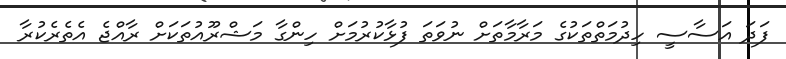
ފަދަ އަސާސީ ހިދުމަތްތަކުގެ މަރާމާތަށް ނުވަތަ ފުޅާކުުރުމަށް ހިންގާ މަޝްރޫއުތަކަށް ރާއްޖެ އެތެރެކުރާ